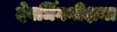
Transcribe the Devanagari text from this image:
देवर्धिगनीक्षमा